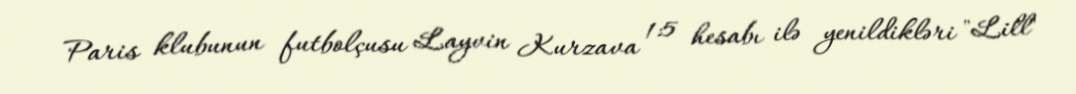
Paris klubunun futbolçusu Layvin Kurzava 1:5 hesabı ilə yenildikləri "Lill"